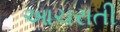
આચરાતી